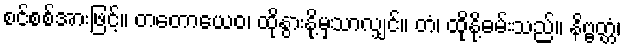
စင်စစ်အားဖြင့်။ တတောယေဝ၊ ထိုနွားနို့မှသာလျှင်။ တံ၊ ထိုနို့ဓမ်းသည်။ နိဗ္ဗတ္တံ၊